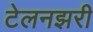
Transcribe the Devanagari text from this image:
टेलनझरी